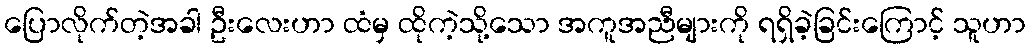
ပြောလိုက်တဲ့အခါ ဦးလေးဟာ ထံမှ ထိုကဲ့သို့သော အကူအညီများကို ရရှိခဲ့ခြင်းကြောင့် သူဟာ